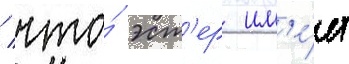
/ что́ эст'ер им'е́ет